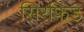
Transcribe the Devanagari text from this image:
सिरफिड